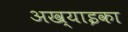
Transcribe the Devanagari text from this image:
अख्याइका